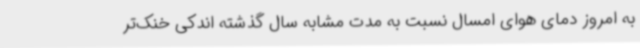
به امروز دمای هوای امسال نسبت به مدت مشابه سال گذشته اندکی خنک‌تر